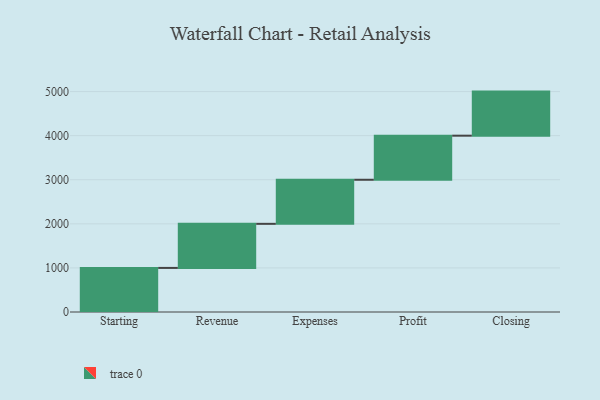
{"axis": {"x": "Step", "y": "Value"}, "legend": [""], "data": [{"x": "Starting", "y": 1000, "type": ""}, {"x": "Revenue", "y": 1000, "type": ""}, {"x": "Expenses", "y": 1000, "type": ""}, {"x": "Profit", "y": 1000, "type": ""}, {"x": "Closing", "y": 1000, "type": ""}]}